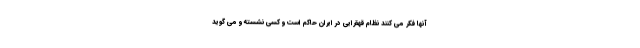
آنها فکر می کنند نظام قهقرایی در ایران حاکم است و کسی نشسته و می گوید